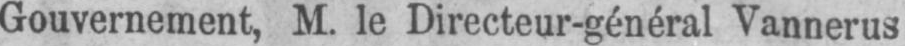
Gouvernement, M. le Directeur-général Vannerus